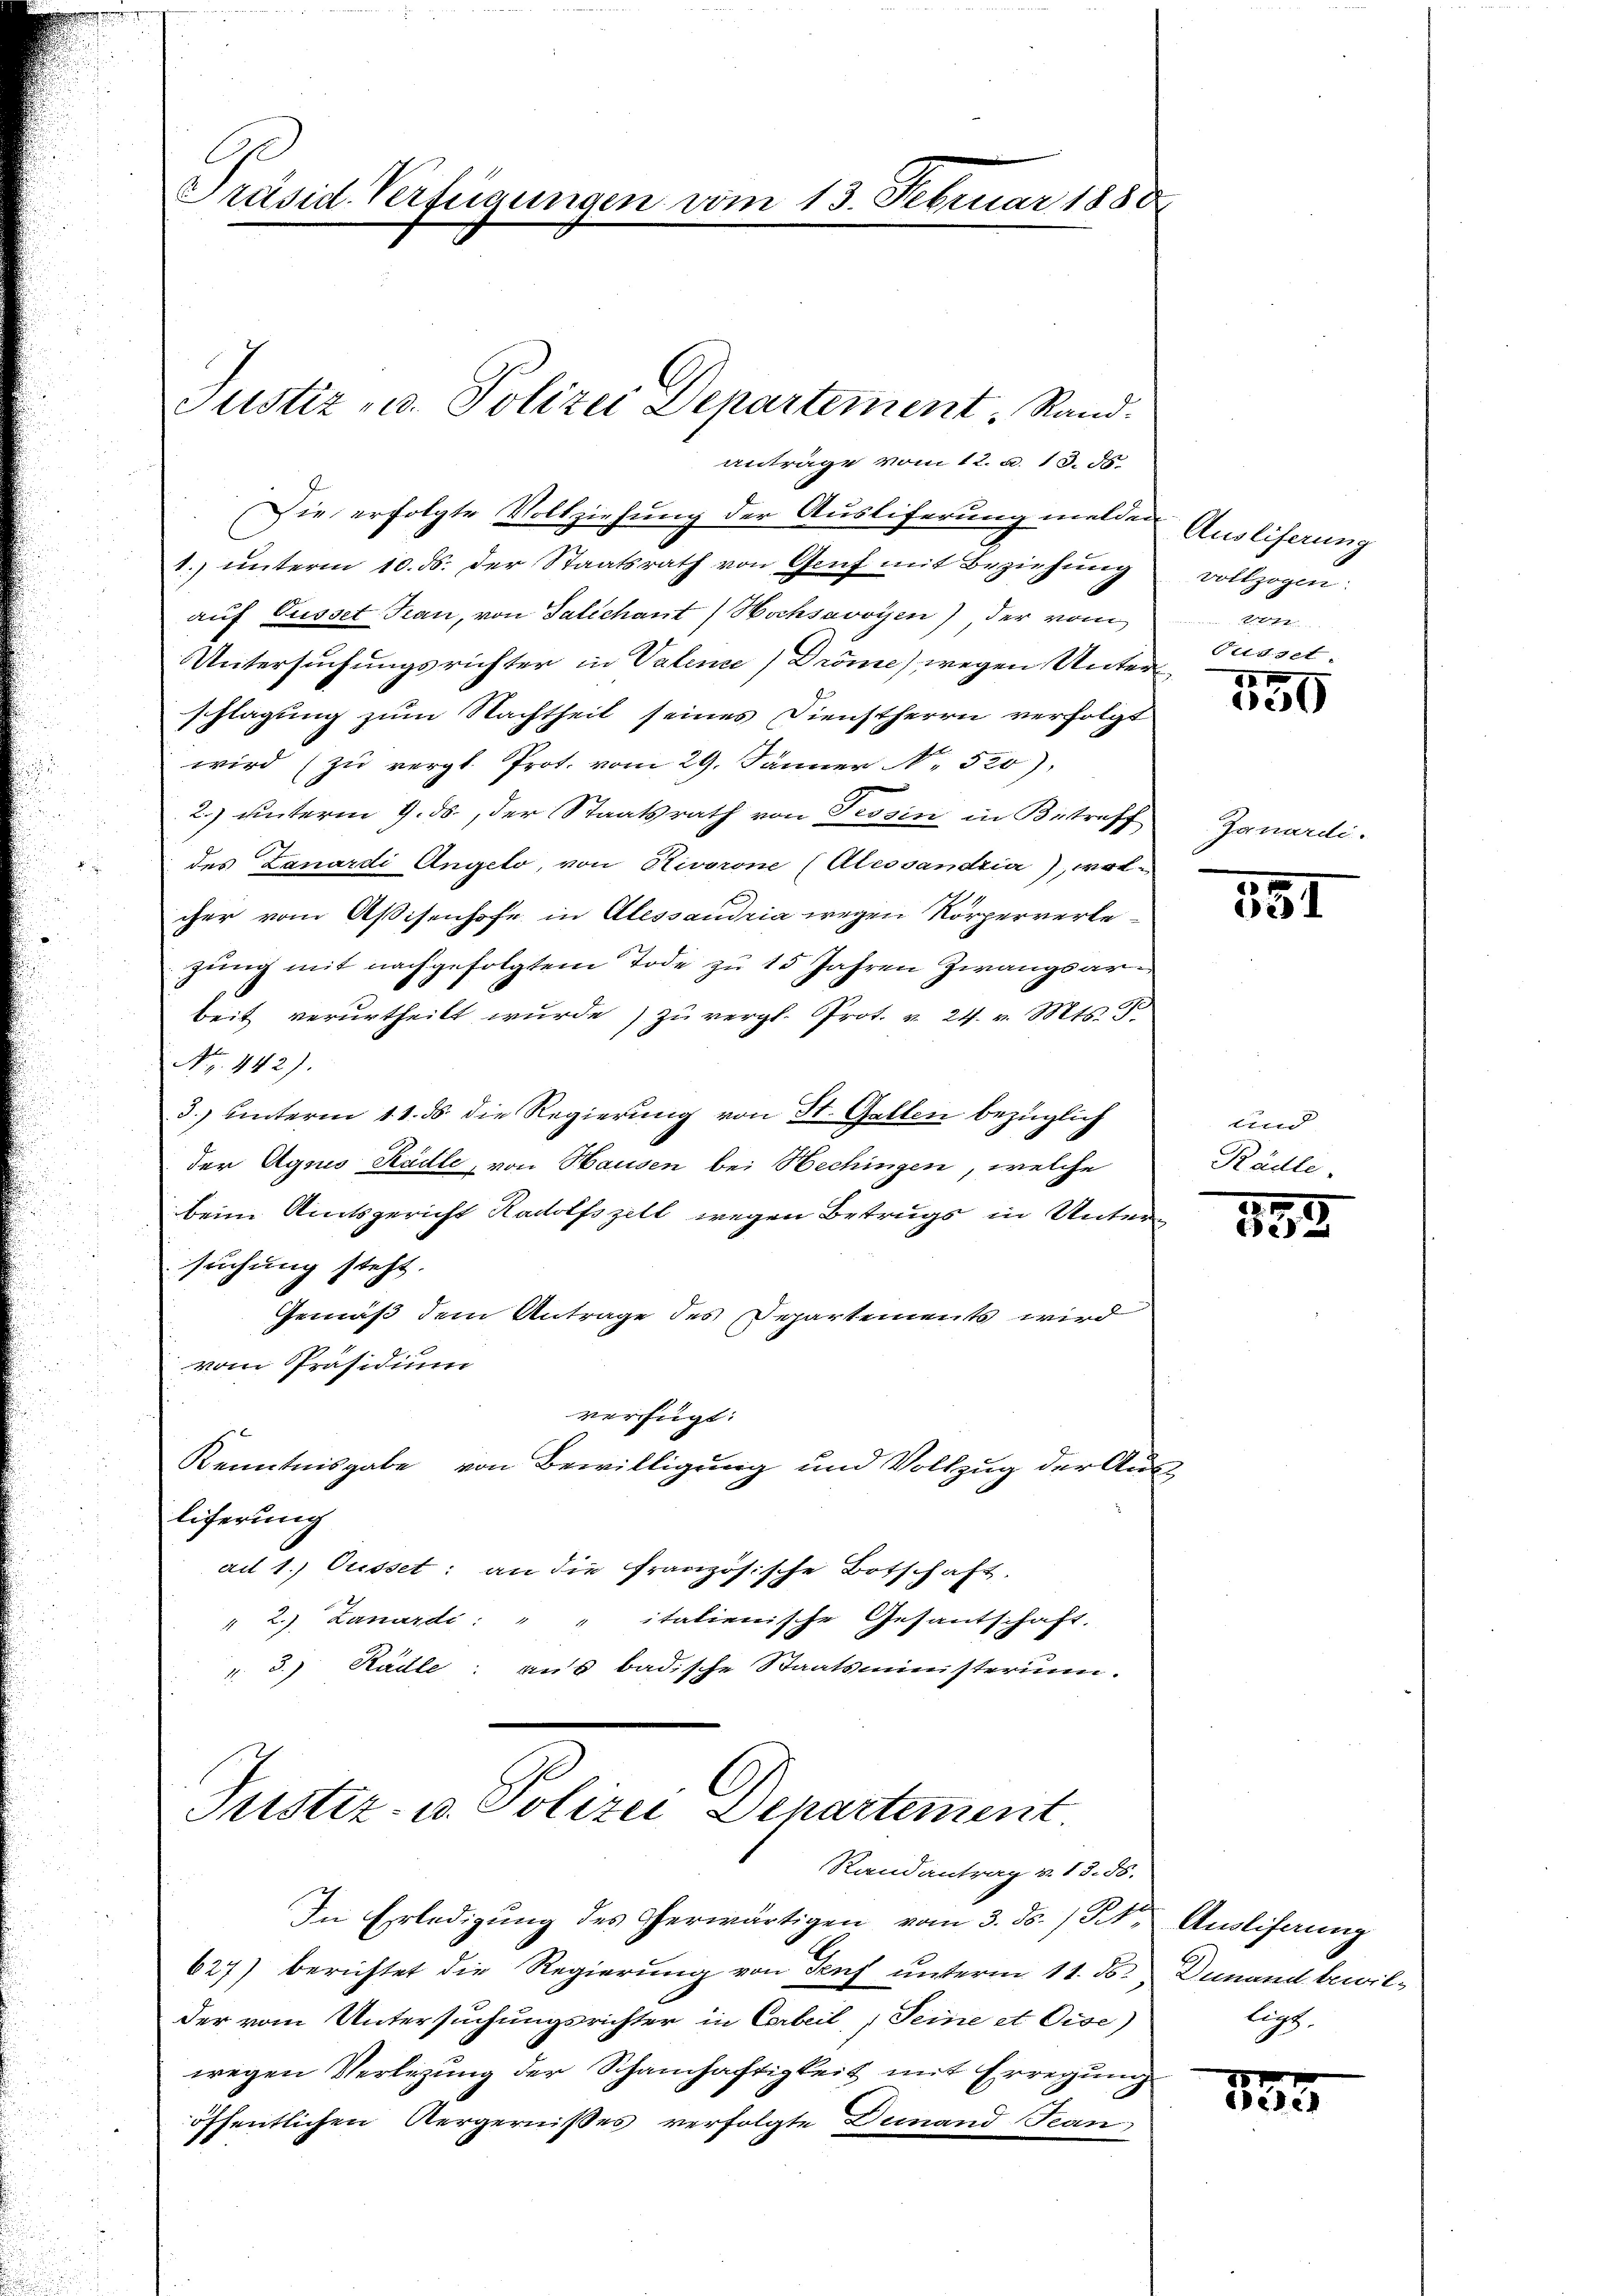
Die erfolgte Vollziehung der Ausliferung melden Ausliferung
1. ŭnterm 10. ds. der Staatsrath von Genf mit Beziehŭng
auf Gusset Frau, von Salichant Hochsavoyen), der vom
Untersuchungsrichter in Valence) Dröme) wegen Unter
schlagung zum Nachtheit seines Dienstherrn verfolgt
wird (zu vergl. Prot. vom 29. Jänner N. 520)
2.) unterm 9. ds., der Staatsrath von Tessin in Betreff
des Lanardi Angelo, von Rivorone (Alessandria), wolcher vom Aßisenhofe in Alessandria wegen Körperverlezung mit nachgefolgtem Tode zu 15 Jahren Zwangsarbeit verurtheilt wurde) zu vergl. Prot. v. 24. v. Mts. 3
Nr. 442).
3.) unterm 11. ds. die Regierung von St. Gallen bezüglich
der Agnis Stadle, von Hausen bei Hechingen, welche
beim Amtsgericht Radolfszell wegen Betrugs in Untersuchung steht.
Gemäß dem Antrage des Departements wird
vom Präsidium
verfügt:
Kenntnisgabe von Bewilligung und Vollzug der Ausliferung
ad 1. Ousset; an die französische Botschaft.
" 2.) Lanardi: " " italienische Gesantschaft.
v. 3.) Rädle; aus badische Staatsministerium.

Präsid. Verfügungen vom 13. Februar 1880

Justiz u. Polizei Departement, Rand.
antrage vom 12. a. 13. ds.

Randantrag v. 13. 58.
In Erledigŭng des herwärtigen vom 3. ds. / Kt. Ausliferung
627) berichtet die Regierung von Senf unterm 11. ds. Dunand bewilder vom Untersuchungsrichter in Corbeil, Seine et Cise)
wegen Verlegung der Schamhaftigkeit mit Erregung
öffentlichen Aergernißes verfolgte Demand Tan

Justiz- u. Polizei Departement

vollzogen.
2
Gusset.

100

Janardi.

551

lind
Rädle

129
e

upp.

87.
Beg